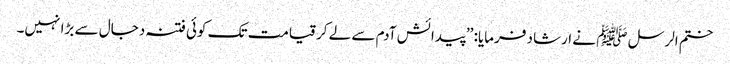
ختم الرسل ﷺ نے ارشاد فرمایا: ’’پیدائش آدم سے لے کر قیامت تک کوئی فتنہ دجال سے بڑا نہیں۔